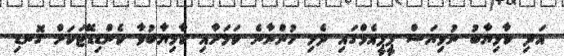
އަދި ކާމިޔާބު ނުވިޔަސް ޕީޕީއެމްގައި ދެމި ހުންނާނެ ކަމަށާއި ކާމިޔާބުވާ ކެންޑިޑޭޓަކަށް ގޮނޑި